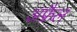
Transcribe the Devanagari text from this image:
अफ्रैल